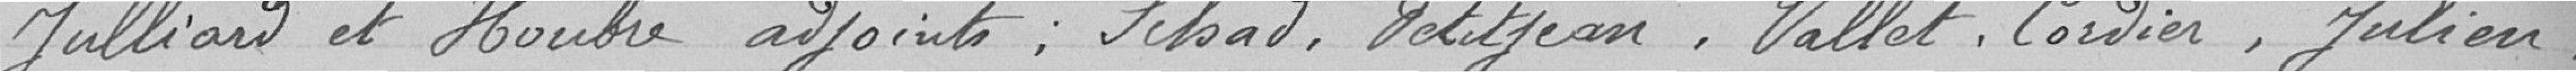
Julliard et Houbre, adjoints, Schad, Petitjean, Vallat, Cordier, Julien,